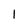
Character: l